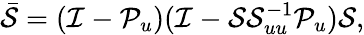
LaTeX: \bar{\mathcal{S}}=(\mathcal{I}-\mathcal{P}_{u})(\mathcal{I}-\mathcal{S}\mathcal{S}_{uu}^{-1}\mathcal{P}_{u})\mathcal{S},